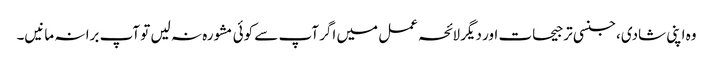
وہ اپنی شادی، جنسی ترجیحات اور دیگر لائحہ عمل میں اگر آپ سے کوئی مشورہ نہ لیں تو آپ برا نہ مانیں۔